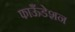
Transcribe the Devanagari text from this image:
फाऊँडेशन